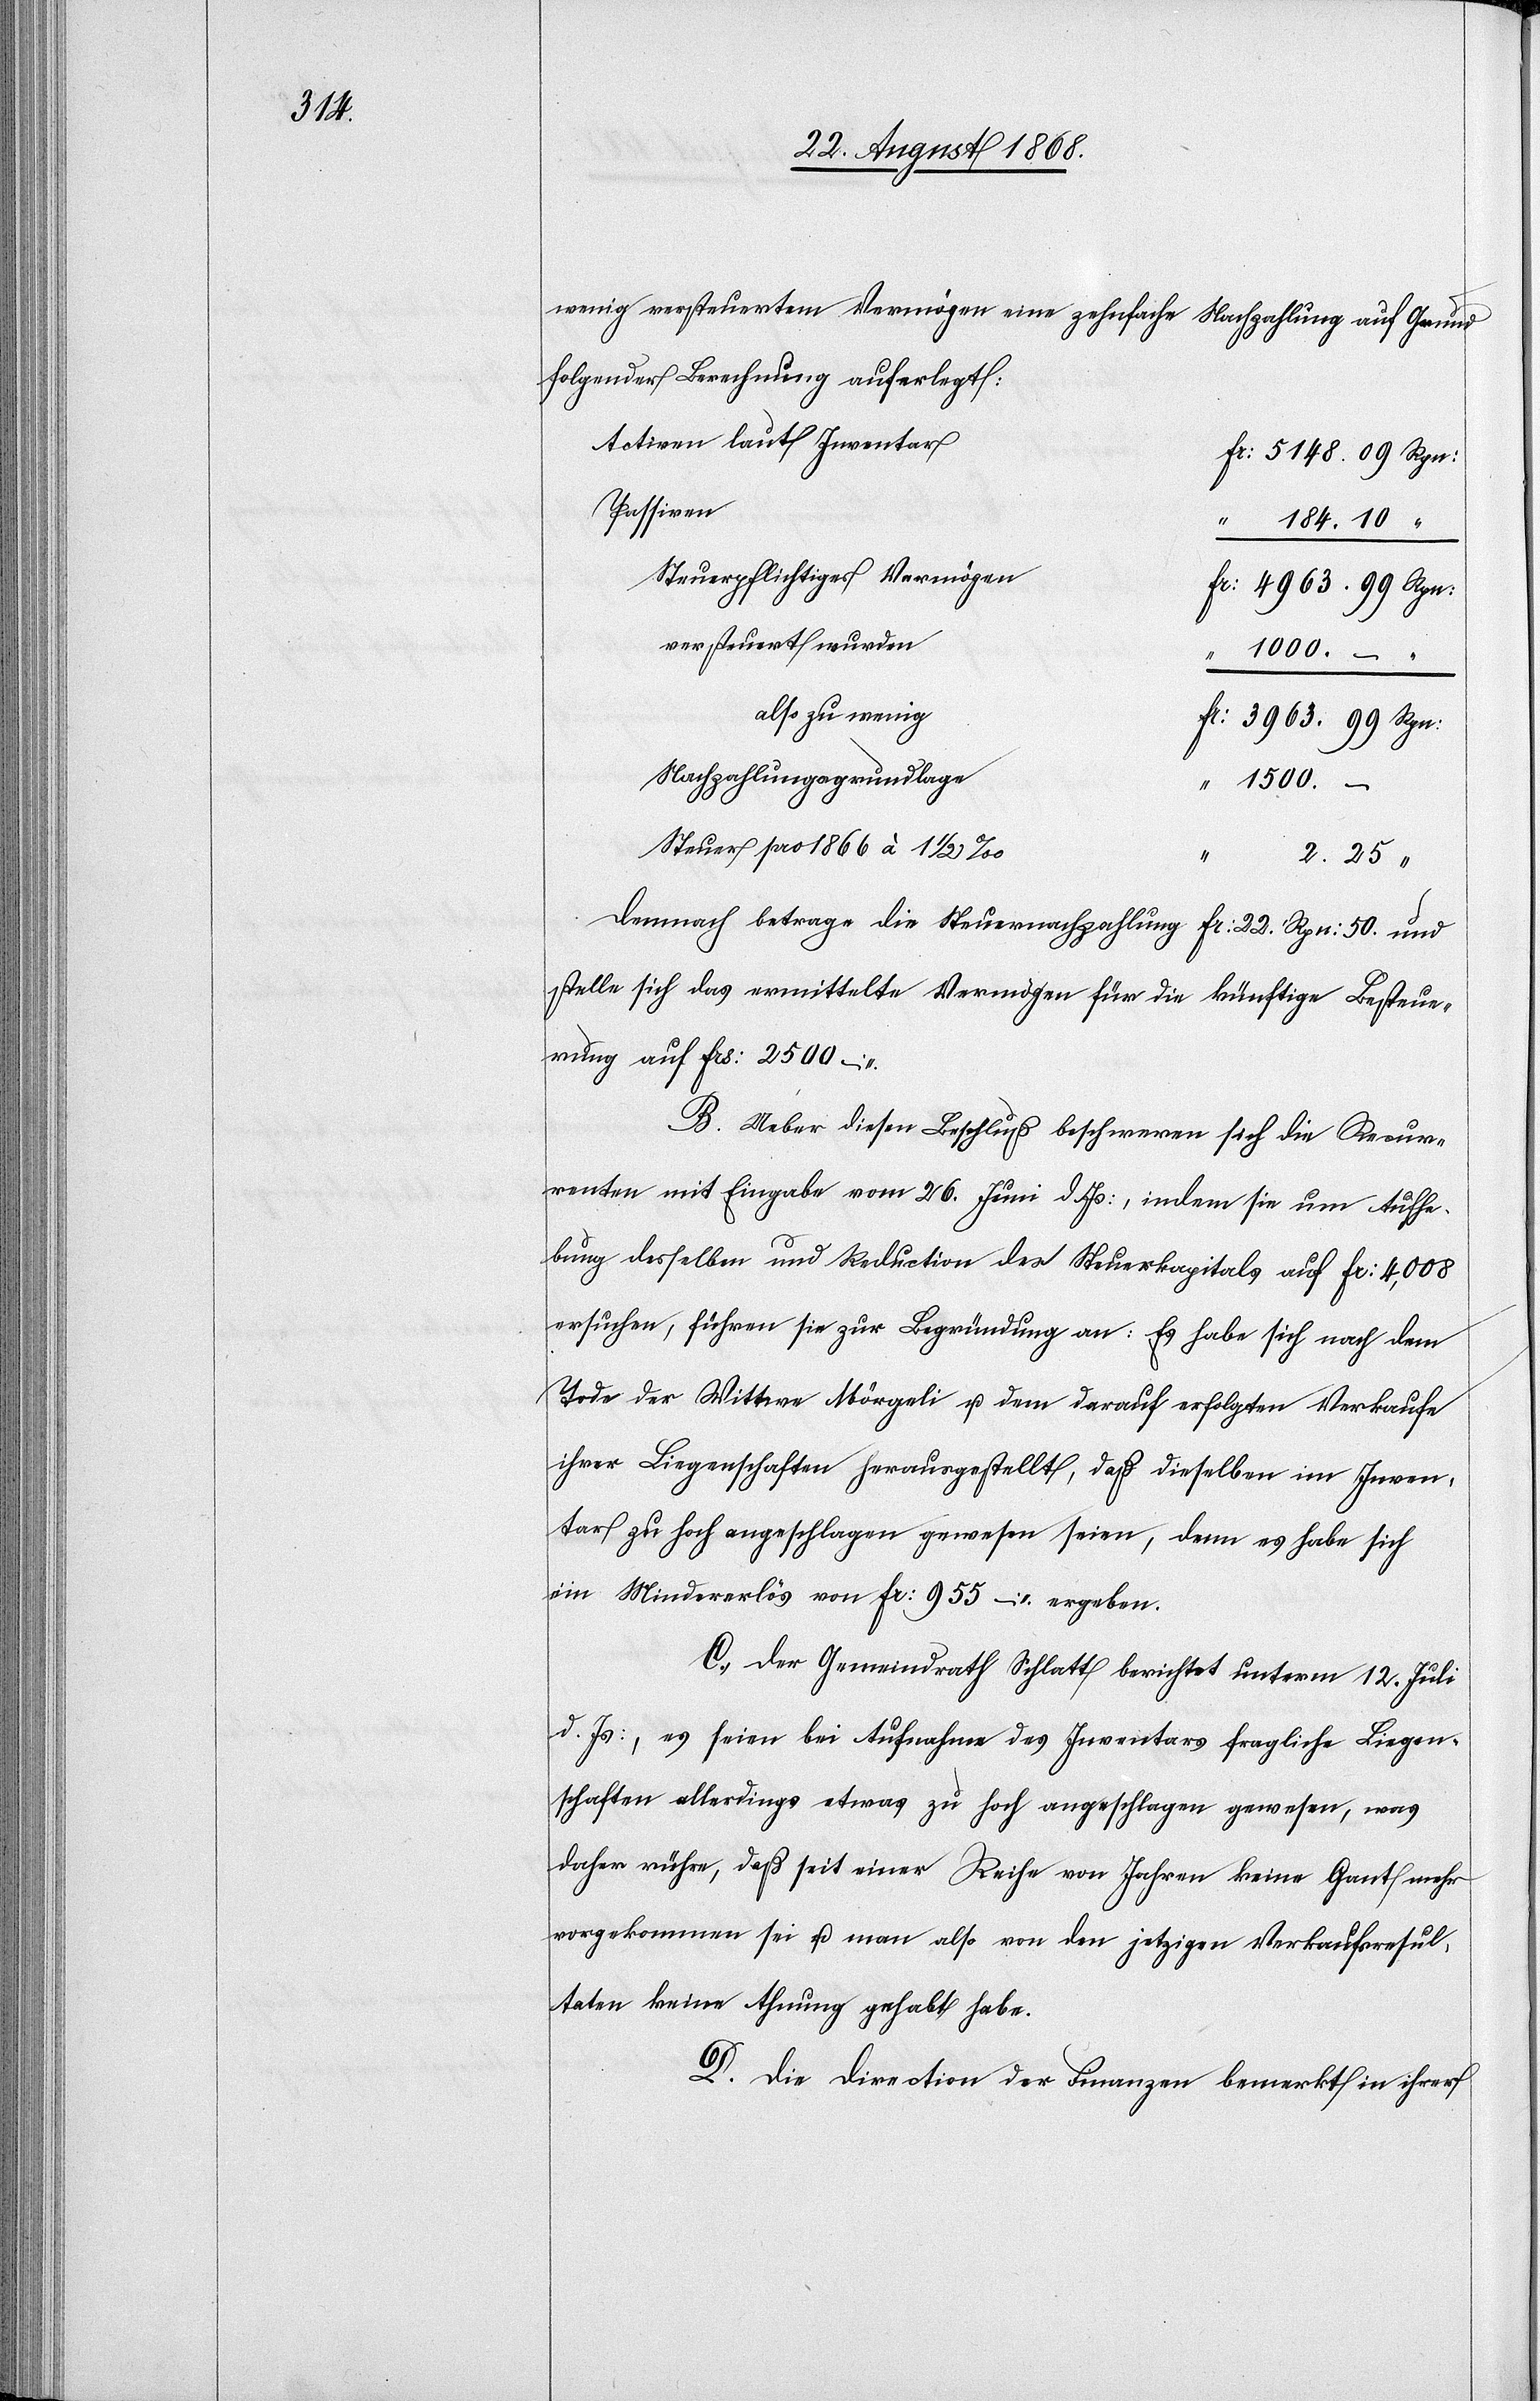
wenig versteuertem Vermögen eine zehnfache Nachzahlung auf Grund
folgender Berechnung auferlegt:
Activen laut Inventar
Fr: 5148. 09 Rpn:
Passiven
“
184. 10 “
Steuerpflichtiges Vermögen
Fr: 4963. 99 Rpn:
versteuert wurden
1000.
also zu wenig
Fr: 3963. 99 Rpn:
Nachzahlungsgrundlage
1500.
–
Steuer pro 1866 à 1 1/2 ‰
2. 25 “
Demnach betrage die Steuernachzahlung Fr: 22. Rpn: 50. und
stelle sich das ermittelte Vermögen für die künftige Besteue¬
rung auf Frs: 2500 –
B. Ueber diesen Beschluß beschweren sich die Recur¬
renten mit Eingabe vom 26. Juni d. Js:, indem sie um Aufhe¬
bung desselben und Reduction des Steuerkapitals auf Fr: 4,008
ersuchen, führen sie zur Begründung an: Es habe sich nach dem
Tode der Wittwe Mörgeli u. dem darauf erfolgten Verkaufe
ihrer Liegenschaften herausgestellt, daß dieselben im Inven¬
tar zu hoch angeschlagen gewesen seien, denn es habe sich
ein Mindererlös von Fr: 955 – ergeben.
C. Der Gemeindrath Schlatt berichtet unterm 12. Juli
d. Js:, es seien bei Aufnahme des Inventars fragliche Liegen¬
schaften allerdings etwas zu hoch angeschlagen gewesen, was
daher rühre, daß seit einer Reihe von Jahren keine Gant mehr
vorgekommen sei u. man also von den jetzigen Verkaufsresul¬
taten keine Ahnung gehabt habe.
D. Die Direction der Finanzen bemerkt in ihrer